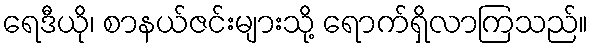
ရေဒီယို၊ စာနယ်ဇင်းများသို့ ရောက်ရှိလာကြသည်။